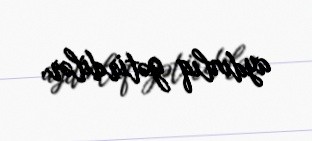
aydınlıq gətirdilər.